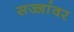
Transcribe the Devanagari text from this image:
सज्जांवर